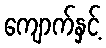
ကျောက်နှင့်